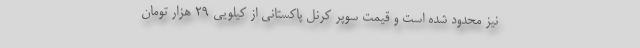
نیز محدود شده است و قیمت سوپر کرنل پاکستانی از کیلویی 29 هزار تومان